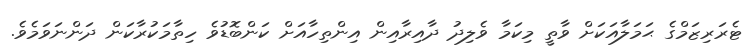
ޓެރަރިޒަމްގެ ޙަމަލާއަކަށް ވާތީ މިކަމާ ވެލިދު ދާއިރާއިން އިންތިހާއަށް ކަންބޮޑުވެ ހިތާމަކުރާކަން ދަންނަވަމެވެ.